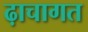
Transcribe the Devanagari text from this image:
ढ़ाचागत